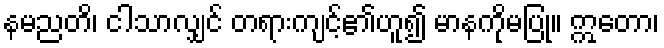
နမညတိ၊ ငါသာလျှင် တရားကျင့်၏ဟူ၍ မာနကိုမပြု။ ဣတော၊